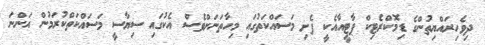
ދިވެހިރައްޔިތުންގެ ޑިމޮކްރެޓިކް ޕާޓީއާއެކީ ފެށި މަސައްކަތުގައި މިހާތަނަށްވެސް އެކުގައި ސިޔާސީ މަސައްކަތްކުރަމުން އަންނަ